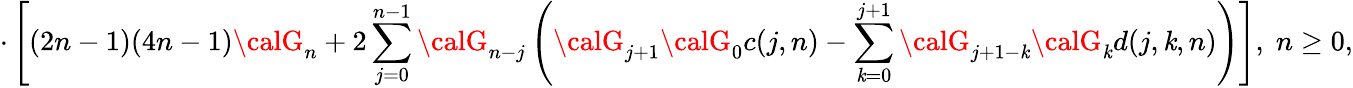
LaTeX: \cdot\left[(2n-1)(4n-1){\calG}_{n}+2\sum_{j=0}^{n-1}{\calG}_{n-j}\left({\calG}_{j+1}{\calG}_{0}c(j,n)-\sum_{\mathit{k}=0}^{j+1}{\calG}_{j+1-\mathit{k}}{\calG}_{\mathit{k}}d(j,\mathit{k},n)\right)\right],\; n\ge0,